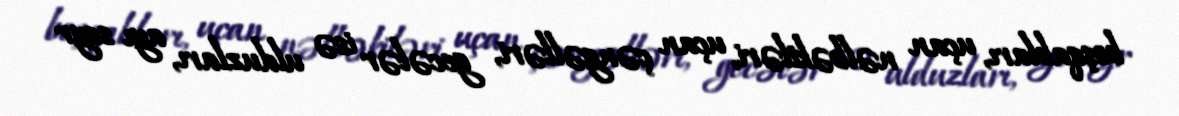
boşqabları, uçan nəlbəkiləri, uçan çəngəlləri, gecələr isə ulduzları, ayı seyr